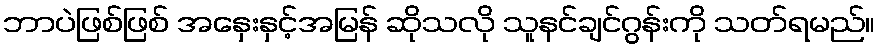
ဘာပဲဖြစ်ဖြစ် အနှေးနှင့်အမြန် ဆိုသလို သူနင်ချင်ဂွန်းကို သတ်ရမည်။